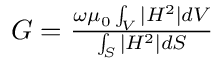
\begin{array} { r } { G = \frac { \omega \mu _ { 0 } \int _ { V } | H ^ { 2 } | d V } { \int _ { S } | H ^ { 2 } | d S } } \end{array}